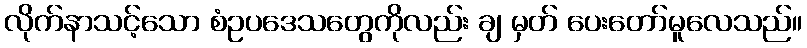
လိုက်နာသင့်သော စံဥပဒေသတွေကိုလည်း ချ မှတ် ပေးတော်မူလေသည်။